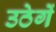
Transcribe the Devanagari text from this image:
उठेगें